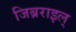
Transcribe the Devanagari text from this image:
जिब्रराइल्